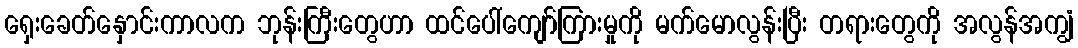
ရှေးခေတ်နှောင်းကာလက ဘုန်းကြီးတွေဟာ ထင်ပေါ်ကျော်ကြားမှုကို မက်မောလွန်းပြီး တရားတွေကို အလွန်အကျွံ